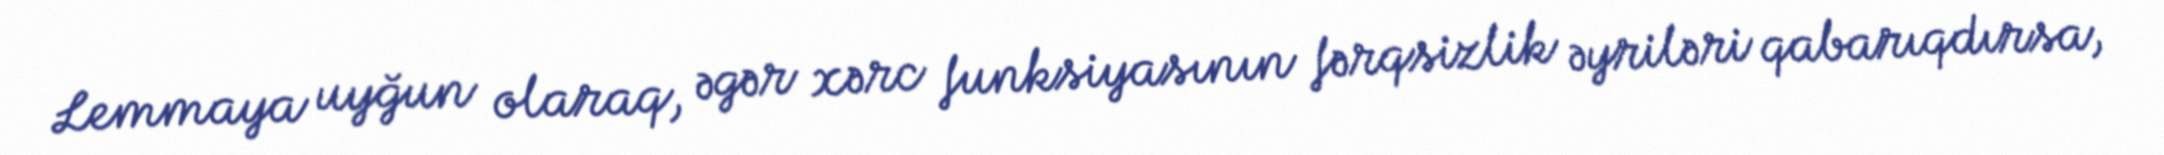
Lemmaya uyğun olaraq, əgər xərc funksiyasının fərqsizlik əyriləri qabarıqdırsa,